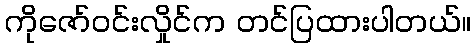
ကိုဇော်ဝင်းလှိုင်က တင်ပြထားပါတယ်။